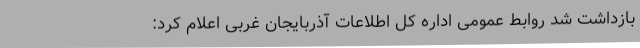
بازداشت شد روابط عمومی اداره کل اطلاعات آذربایجان غربی اعلام کرد: